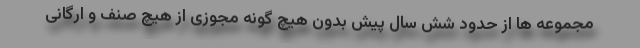
مجموعه ها از حدود شش سال پیش بدون هیچ گونه مجوزی از هیچ صنف و ارگانی